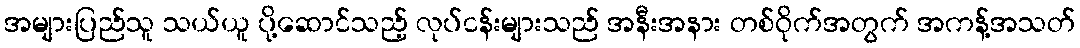
အများပြည်သူ သယ်ယူ ပို့ဆောင်သည့် လုပ်ငန်းများသည် အနီးအနား တစ်ဝိုက်အတွက် အကန့်အသတ်